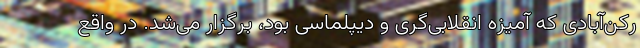
رکن‌آبادی که آمیزه انقلابی‌گری و دیپلماسی بود، برگزار می‌شد. در واقع